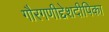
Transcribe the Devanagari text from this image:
गौरगणीद्देशदीपिका